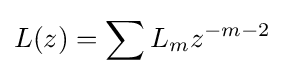
L(z)=\sum L_{m}z^{-m-2}